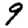
Digit: 9